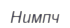
Нимпч